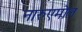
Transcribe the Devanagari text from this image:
नारुएमोल